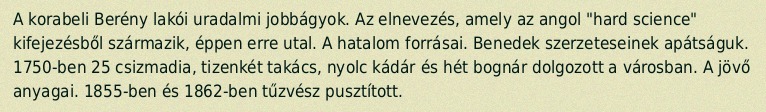
A korabeli Berény lakói uradalmi jobbágyok. Az elnevezés, amely az angol "hard science" kifejezésből származik, éppen erre utal. A hatalom forrásai. Benedek szerzeteseinek apátságuk. 1750-ben 25 csizmadia, tizenkét takács, nyolc kádár és hét bognár dolgozott a városban. A jövő anyagai. 1855-ben és 1862-ben tűzvész pusztított.